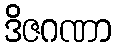
ဒိဇဂဏာ